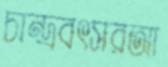
চান্দ্রবৎসরআ